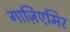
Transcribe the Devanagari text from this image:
गाज़िएमिर